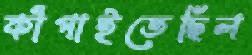
কাঁপাইতেছিল